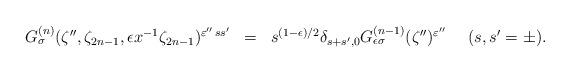
LaTeX: \begin{align*}\begin{array}{rcl}G_{\sigma}^{(n)} (\zeta'',\zeta_{2n-1}, \epsilon x^{-1}\zeta_{2n-1})^{\varepsilon''\, ss'} &=&s^{(1-\epsilon )/2}\delta_{s+s',0}G_{\epsilon\sigma}^{(n-1)} (\zeta'')^{\varepsilon''} ~~~~ (s,s'=\pm ). \end{array}\end{align*}